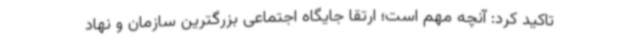
تاکید کرد: آنچه مهم است؛ ارتقا جایگاه اجتماعی بزرگترین سازمان و نهاد